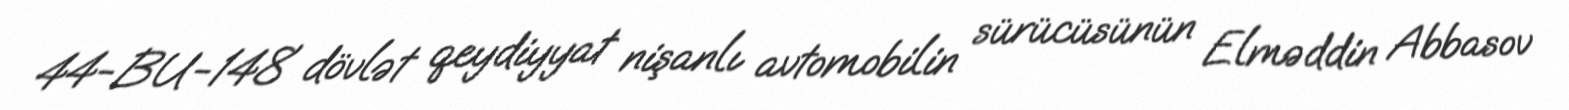
44-BU-148 dövlət qeydiyyat nişanlı avtomobilin sürücüsünün Elməddin Abbasov